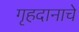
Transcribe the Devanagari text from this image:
गृहदानाचे